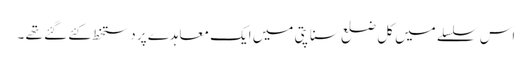
اس سلسلے میں کل ضلع سناپتی میں ایک معاہدے پر دستخط کئے گئے تھے ۔